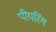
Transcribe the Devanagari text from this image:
पीयरिंग